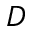
D